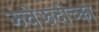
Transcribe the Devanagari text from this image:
झ्वेझदोच्का